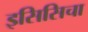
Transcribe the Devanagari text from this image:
इसिसिचा